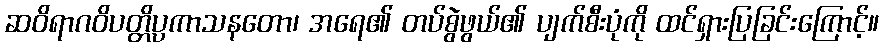
ဆဝိရာဂဝိပတ္တိပ္ပကာသနတော၊ အရေ၏ တပ်စွဲဖွယ်၏ ပျက်စီးပုံကို ထင်ရှားပြခြင်းကြောင့်။